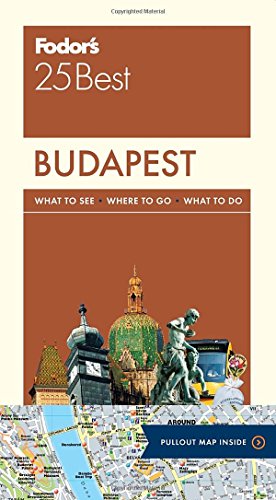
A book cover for Fodor's Budapest 25 Best (Full-color Travel Guide); Fodor's; Travel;